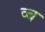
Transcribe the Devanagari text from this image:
व्ब